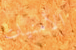
الأمنيات